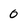
Character: 0